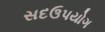
સદઉપયોગ